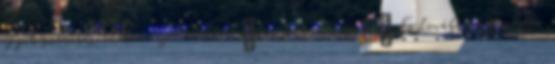
egyik szentbeszédében kijelentette: „Én szláv vagyok.” Ez tovább gerjesztette